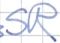
Text: SR